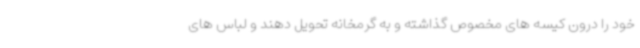
خود را درون کیسه های مخصوص گذاشته و به گرمخانه تحویل دهند و لباس های